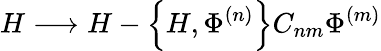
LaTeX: H\longrightarrow H-\left\{ H,\Phi^{(n)}\right\} C_{nm}\Phi^{(m)}